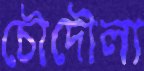
চৌদৌলা